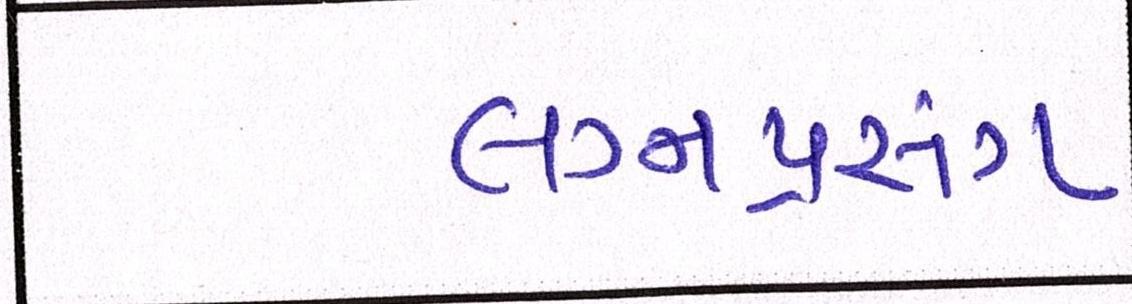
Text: લગ્નપ્રસંગ